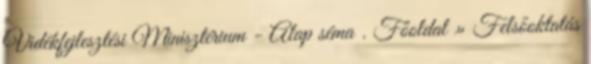
Vidékfejlesztési Minisztérium - Alap séma . Főoldal » Felsőoktatás